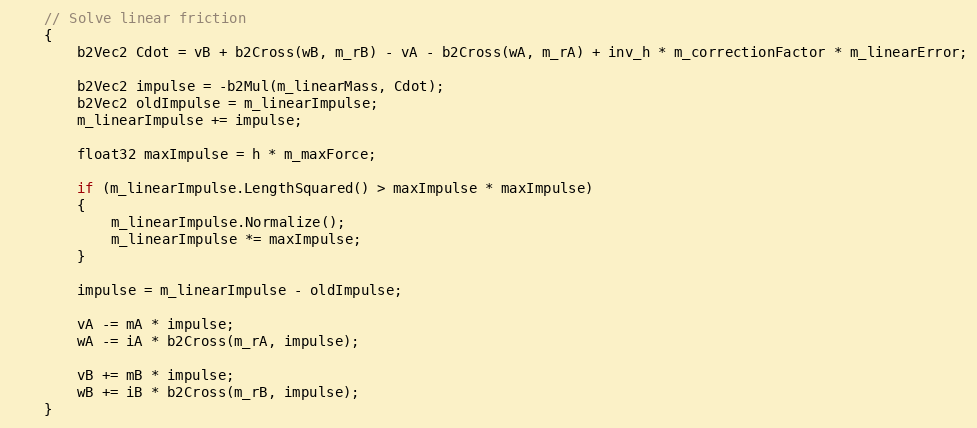
Language: C++
	// Solve linear friction
	{
		b2Vec2 Cdot = vB + b2Cross(wB, m_rB) - vA - b2Cross(wA, m_rA) + inv_h * m_correctionFactor * m_linearError;

		b2Vec2 impulse = -b2Mul(m_linearMass, Cdot);
		b2Vec2 oldImpulse = m_linearImpulse;
		m_linearImpulse += impulse;

		float32 maxImpulse = h * m_maxForce;

		if (m_linearImpulse.LengthSquared() > maxImpulse * maxImpulse)
		{
			m_linearImpulse.Normalize();
			m_linearImpulse *= maxImpulse;
		}

		impulse = m_linearImpulse - oldImpulse;

		vA -= mA * impulse;
		wA -= iA * b2Cross(m_rA, impulse);

		vB += mB * impulse;
		wB += iB * b2Cross(m_rB, impulse);
	}